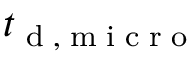
{ t } _ { \tiny { \mathrm { ~ d ~ , ~ m ~ i ~ c ~ r ~ o ~ } } }